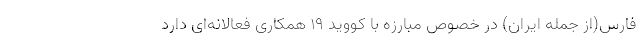
فارس(از جمله ایران) در خصوص مبارزه با کووید ۱۹ همکاری فعالانه‌ای دارد